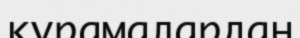
құрамалардан